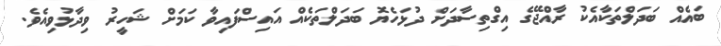
ބައެއް ބަދަލްތަކާއެކު ރާއްޖޭގެ އިގްތިސާދަށް ދުޅަހެޔޮ ބަދަލްތަކެއް އައިސްފައިވާ ކަމަށް ޝަހީރު ވިދާޅުވިއެވެ.